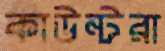
কাউন্টরা